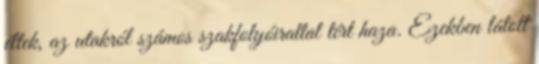
éltek, az utakról számos szakfolyóirattal tért haza. Ezekben látott